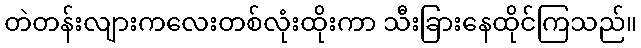
တဲတန်းလျားကလေးတစ်လုံးထိုးကာ သီးခြားနေထိုင်ကြသည်။